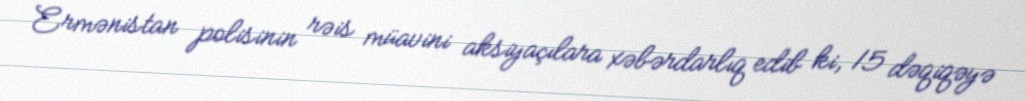
Ermənistan polisinin rəis müavini aksiyaçılara xəbərdarlıq edib ki, 15 dəqiqəyə